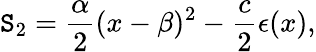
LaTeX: \mathtt{S}_{2}=\frac{{\alpha}}{{2}}(x-\beta)^{2}-\frac{{c}}{{2}}\epsilon(x),